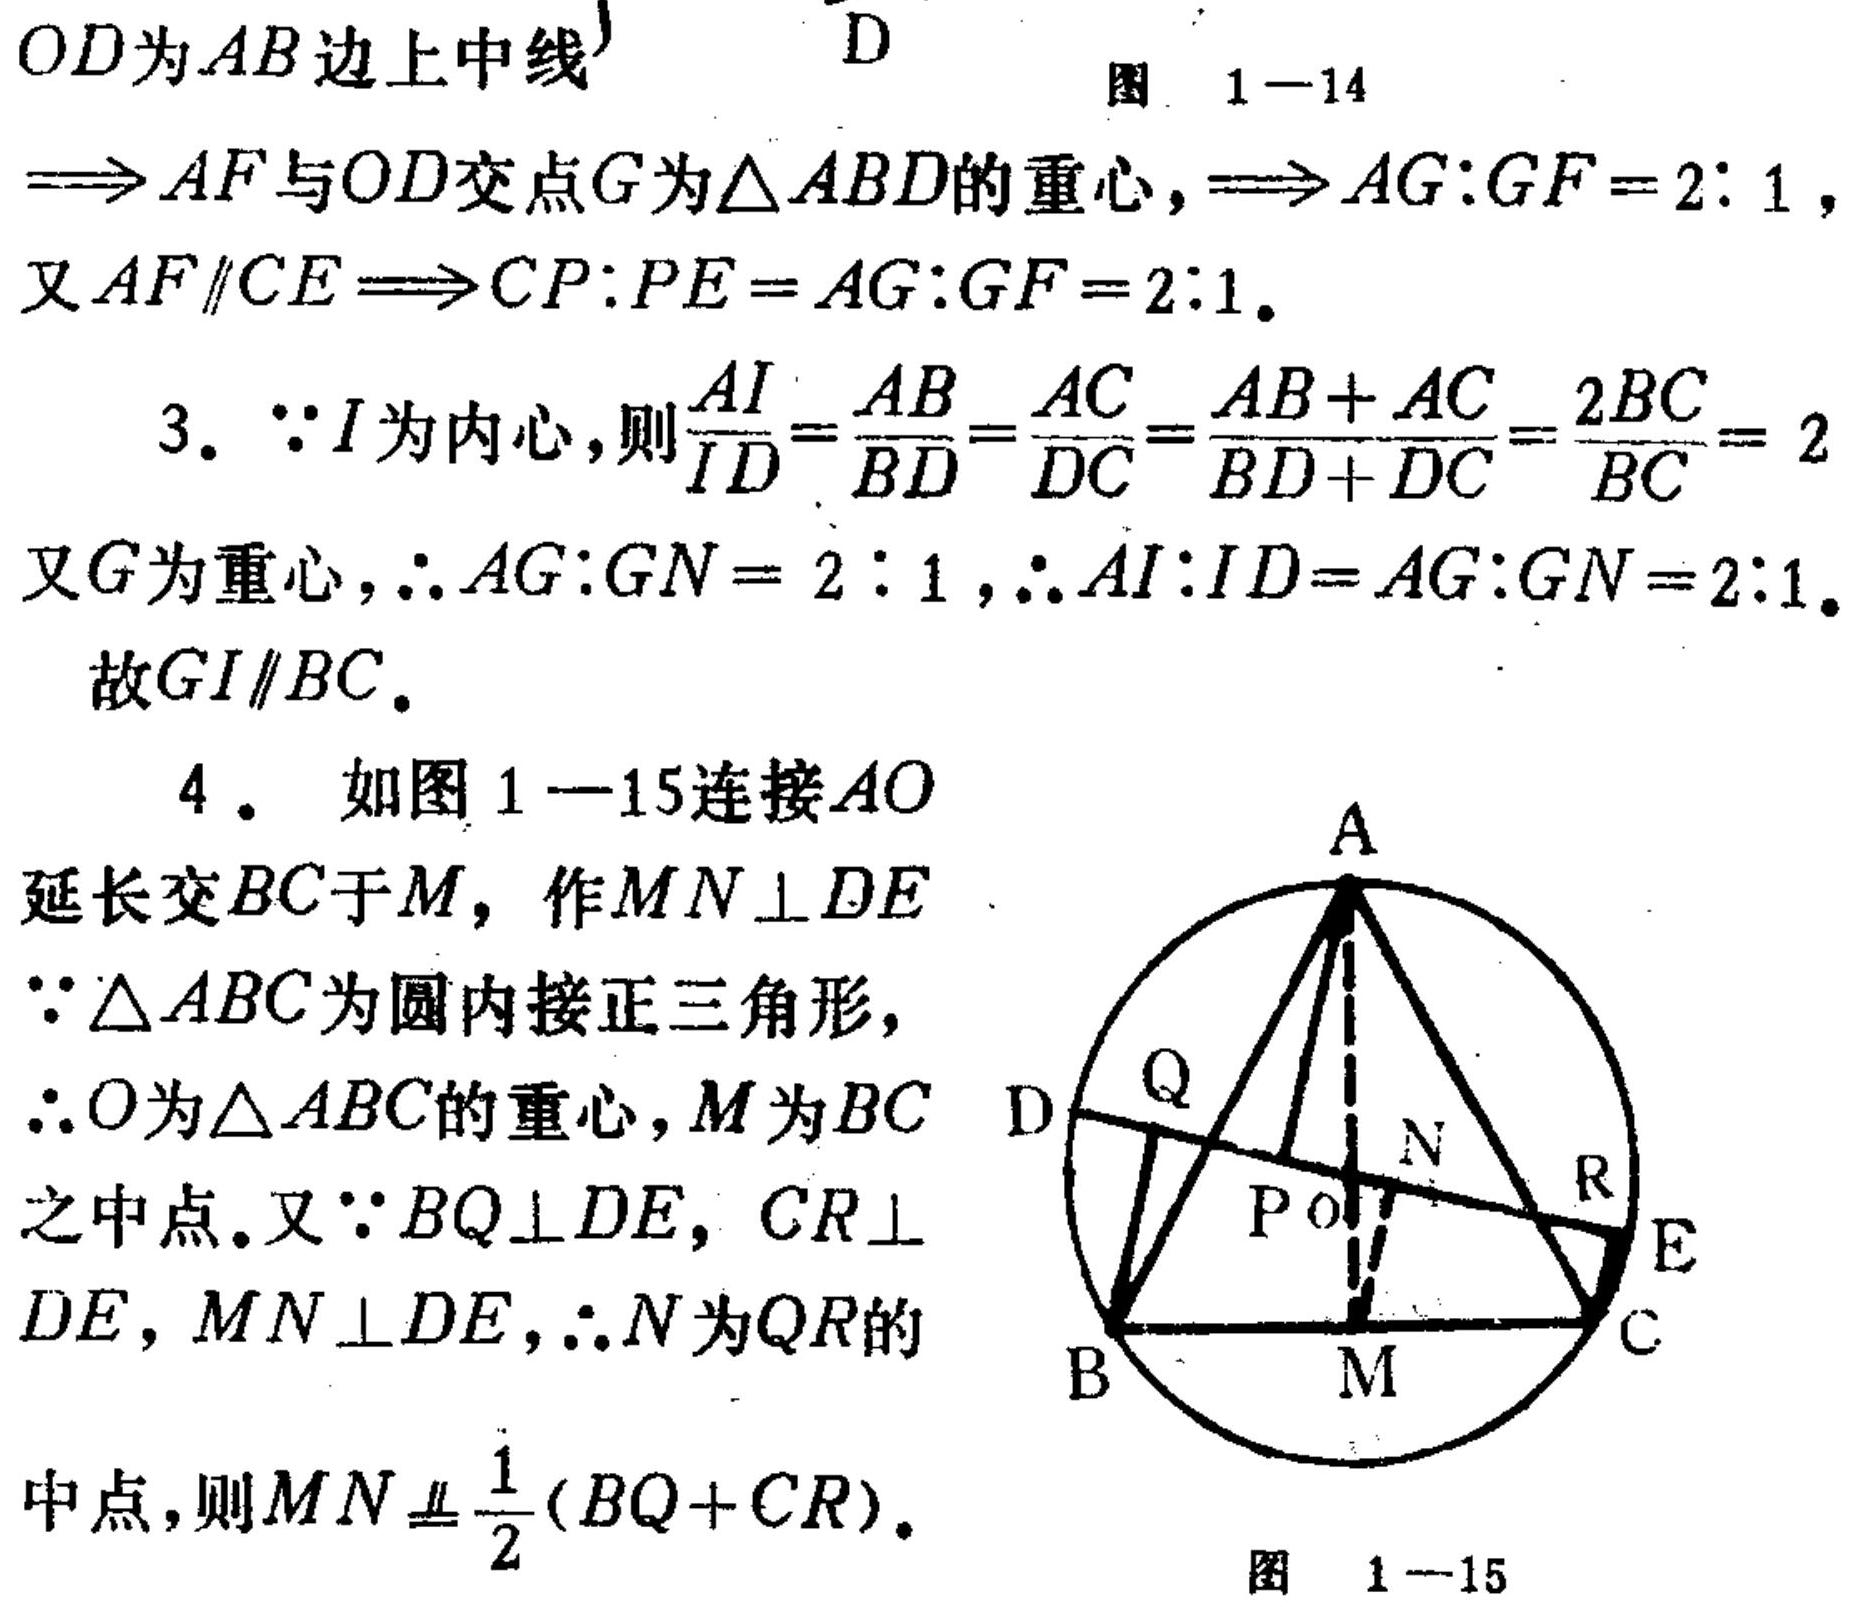
\(OD\)为\(AB\)边上中线
\(\Rightarrow AF\)与\(OD\)交点\(G\)为\(\triangle ABD\)的重心，\(\Rightarrow AG:GF = 2:1\)，
又\(AF\parallel CE\Rightarrow CP:PE = AG:GF = 2:1\).
3. \(\because I\)为内心，则\(\frac{AI}{ID}=\frac{AB}{BD}=\frac{AC}{DC}=\frac{AB + AC}{BD + DC}=\frac{2BC}{BC}=2\)
又\(G\)为重心，\(\therefore AG:GN = 2:1\)，\(\therefore AI:ID = AG:GN = 2:1\).
故\(GI\parallel BC\).
4. 如图 \(1 - 15\)连接\(AO\)
延长交\(BC\)于\(M\)，作\(MN\perp DE\)
\(\because\triangle ABC\)为圆内接正三角形，
\(\therefore O\)为\(\triangle ABC\)的重心，\(M\)为\(BC\)
之中点. 又\(\because BQ\perp DE\)，\(CR\perp\)
\(DE\)，\(MN\perp DE\)，\(\therefore N\)为\(QR\)的
中点，则\(MN\equalparallel\frac{1}{2}(BQ + CR)\).